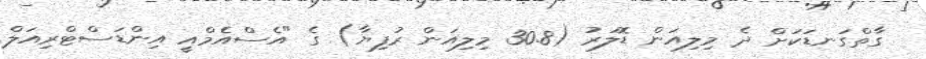
ގާތްގަނޑަކަށް ދެ މިލިއަން ޑޮލަރު (30.8 މިލިއަން ރުފިޔާ) ގެ "އެސްއެމްއީ އިންޑަސްޓްރިއަލް